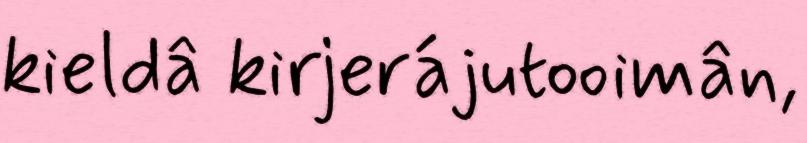
kieldâ kirjerájutooimân,